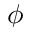
\phi